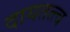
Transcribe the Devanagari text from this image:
दायतत्त्व